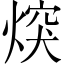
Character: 㷝